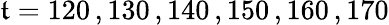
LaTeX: \mathfrak{t}=120\, ,130\, ,140\, ,150\, ,160\, ,170